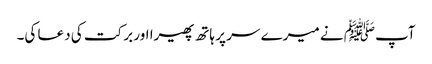
آپﷺ نے میرے سر پر ہاتھ پھیرا اور برکت کی دعا کی۔